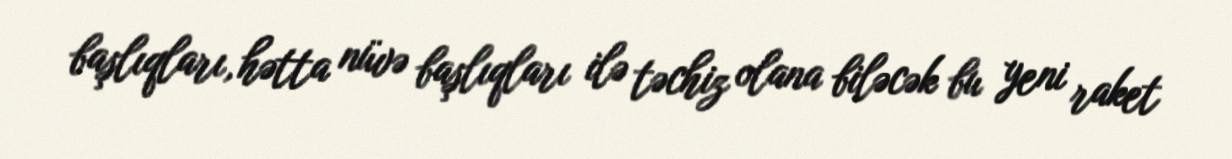
başlıqları, hətta nüvə başlıqları ilə təchiz olana biləcək bu yeni raket